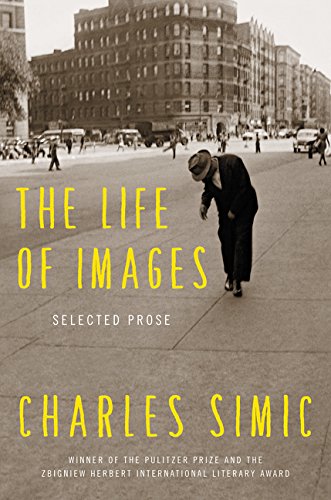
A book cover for The Life of Images: Selected Prose; Charles Simic; Literature & Fiction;